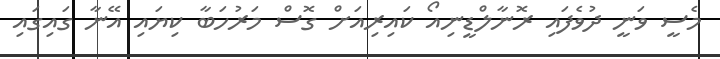
މެސީ ވަނީ ދުވެފައި ރޮނާލްޑީނިއޯ ކައިރިއަށް ގޮސް މަރުހަބާ ކިޔައި އޭނާ ގައިގައި